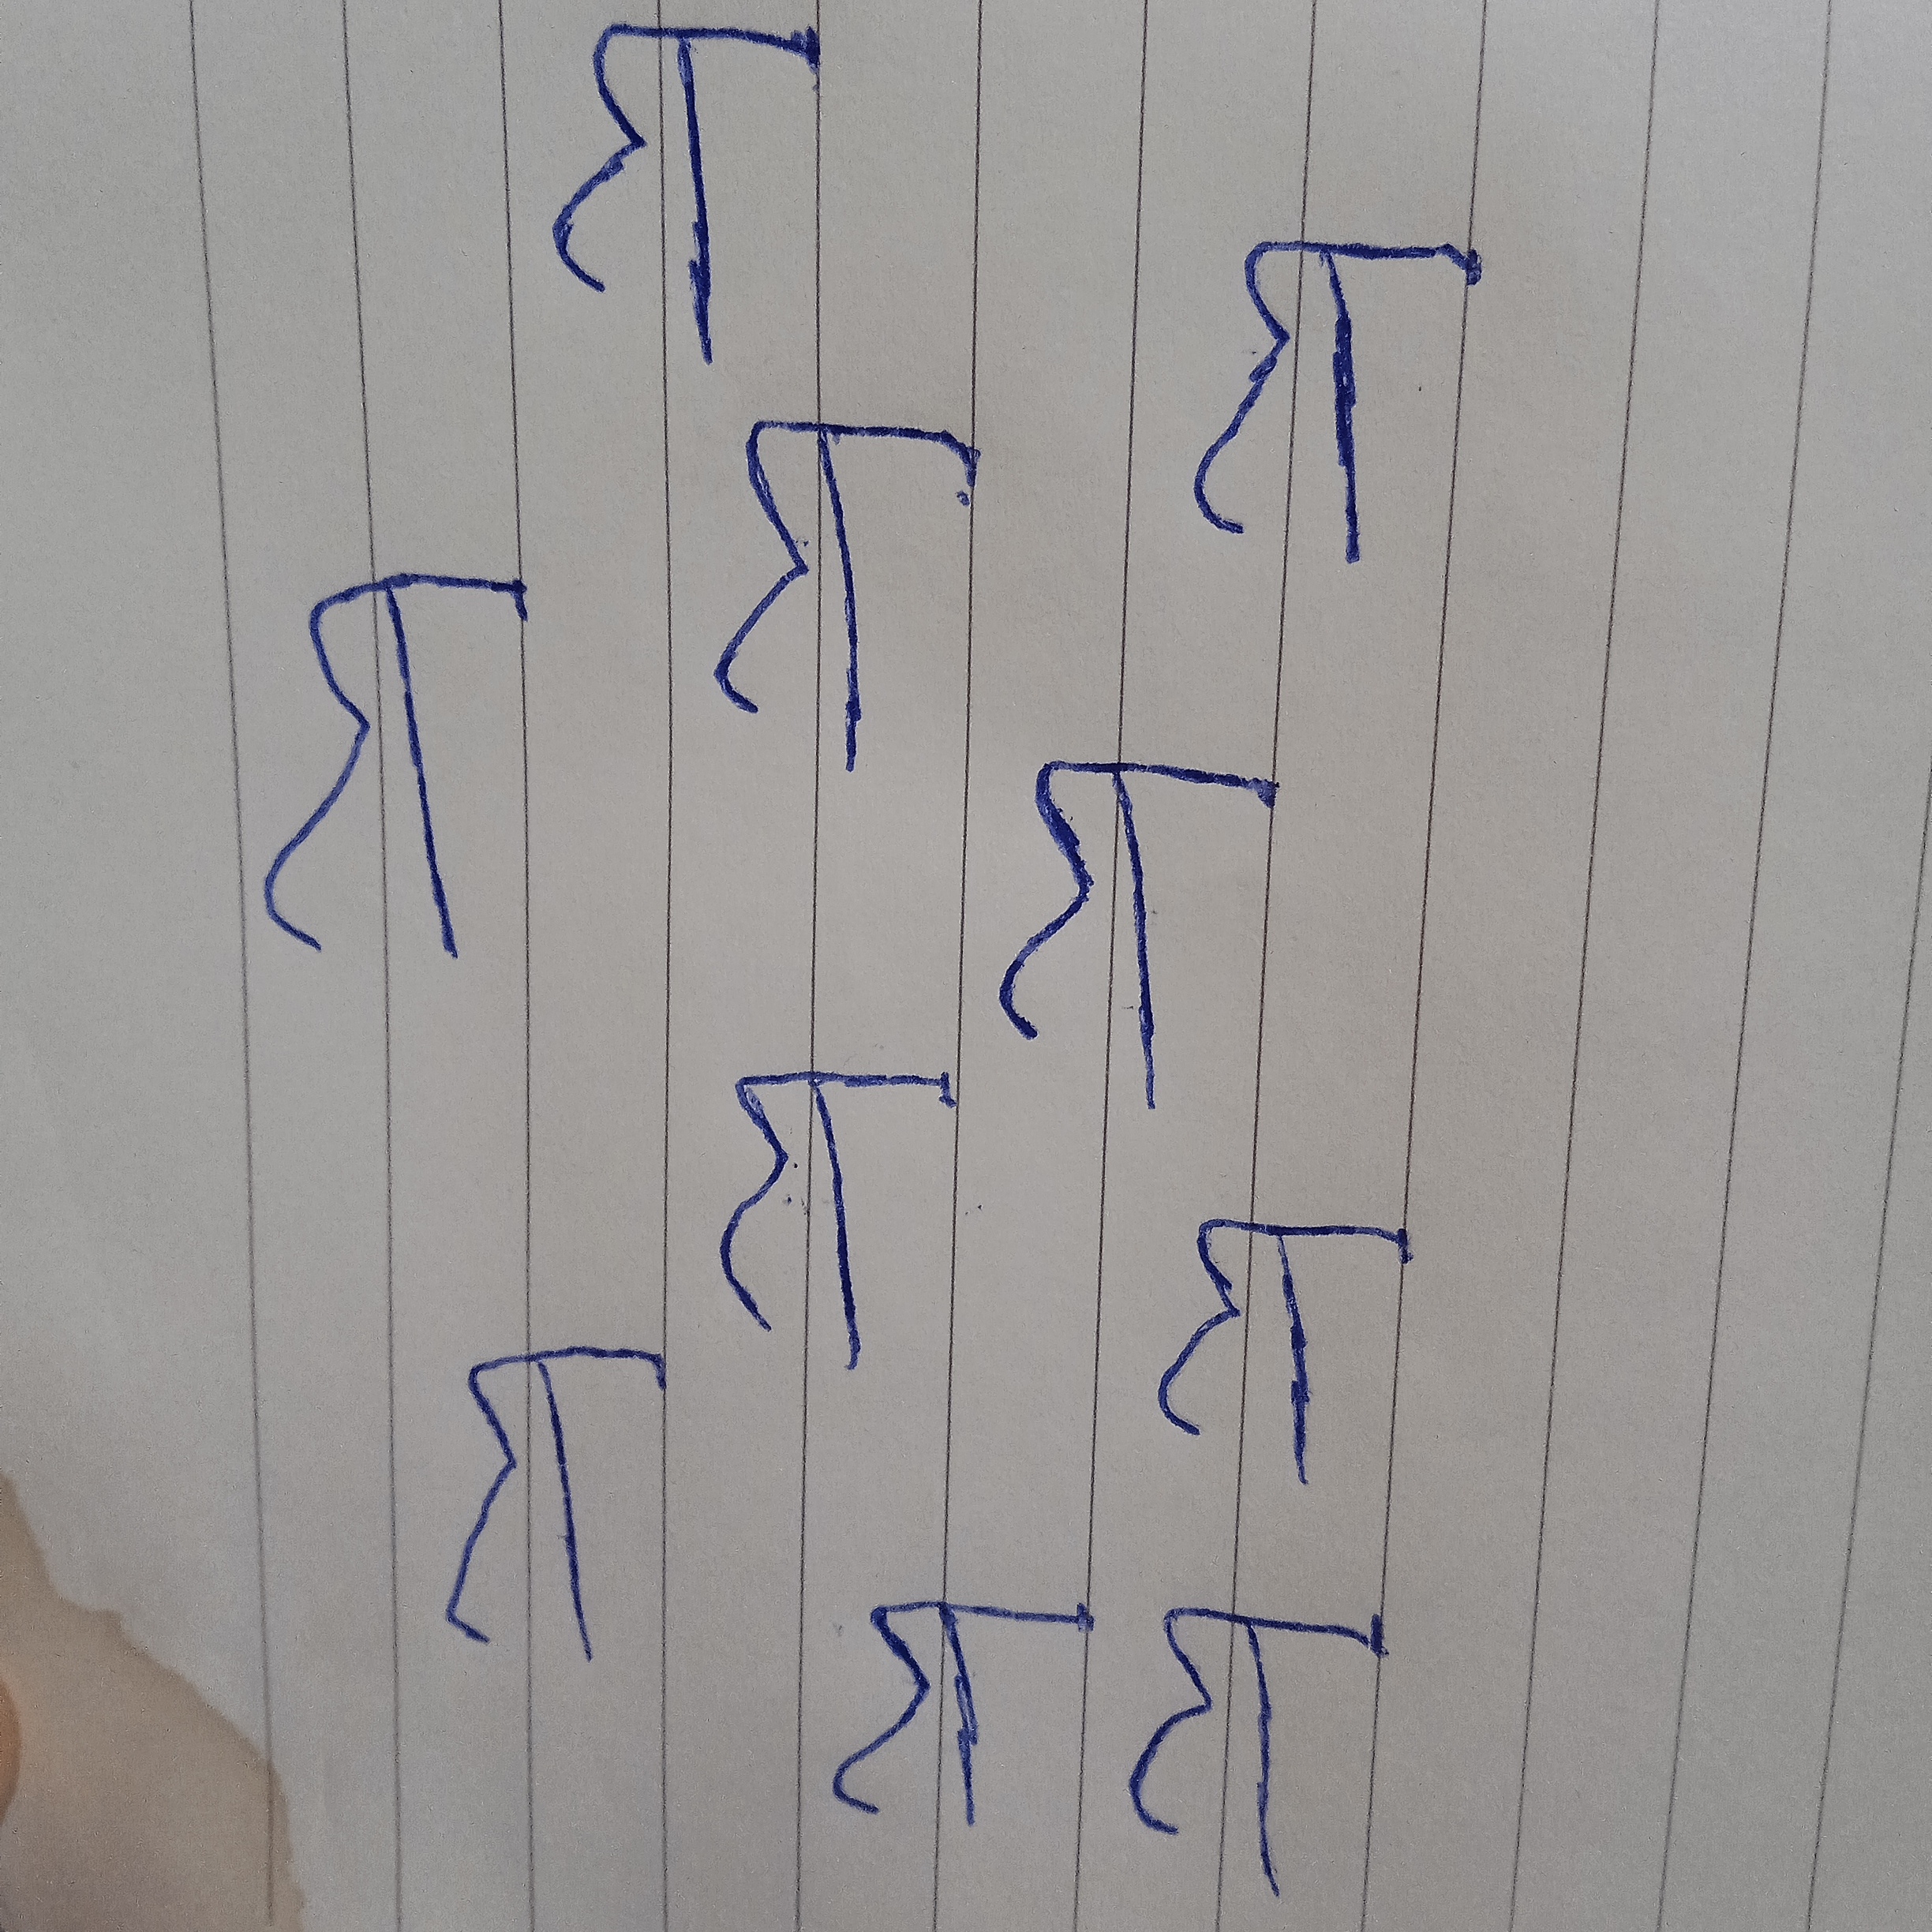
Signature authenticity: forged